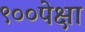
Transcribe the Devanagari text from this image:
९००पेक्षा